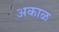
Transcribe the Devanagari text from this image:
अकाळ